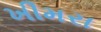
ખીમરા